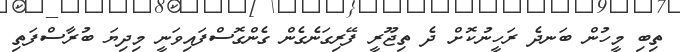
ތިބި މީހުން ބަނދެ ރަހީނުކޮށް ދެ ތިޖޫރީ ފޭރިގަނެގެން ގެންގޮސްފައިވަނީ މިދިޔަ ބުރާސްފަތި